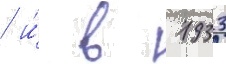
/ и́ в 1933